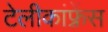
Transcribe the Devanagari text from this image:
टेलीकांफ़्रेंस